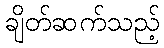
ချိတ်ဆက်သည့်